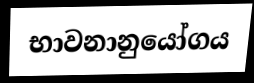
භාවනානුයෝගය